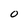
Character: O